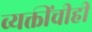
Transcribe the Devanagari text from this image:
व्यक्तींचीही